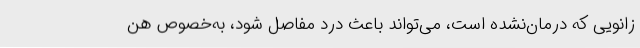
زانویی که درمان‌نشده است، می‌تواند باعث درد مفاصل شود، به‌خصوص هن